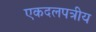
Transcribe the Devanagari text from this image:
एकदलपत्रीय